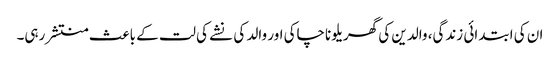
ان کی ابتدائی زندگی، والدین کی گھریلو ناچاکی اور والد کی نشے کی لت کے باعث منتشر رہی۔